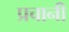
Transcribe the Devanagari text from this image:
प्रचानी